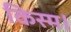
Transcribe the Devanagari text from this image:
किस्म।